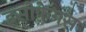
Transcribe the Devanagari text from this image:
इसोफेगस